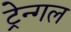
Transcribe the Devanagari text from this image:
ट्रेन्गल